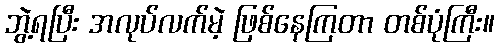
ဘွဲ့ရပြီး အလုပ်လက်မဲ့ ဖြစ်နေကြတာ တစ်ပုံကြီး။